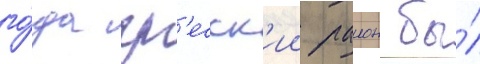
го́да гр'есск'ии раион бы́л